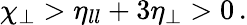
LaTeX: \chi_{\perp}>\eta_{ll}+3\eta_{\perp}>0\, .